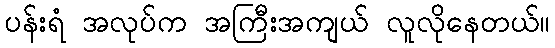
ပန်းရံ အလုပ်က အကြီးအကျယ် လူလိုနေတယ်။